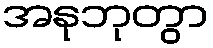
အနုဘုတွာ